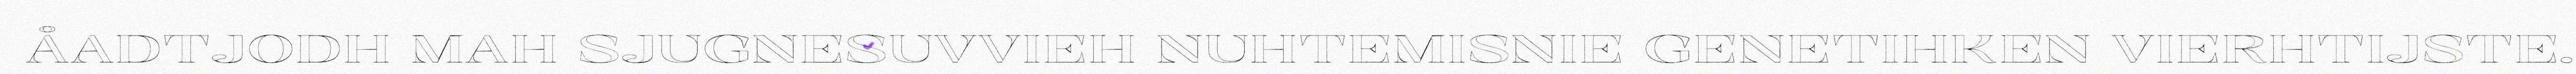
ÅADTJODH MAH SJUGNESUVVIEH NUHTEMISNIE GENETIHKEN VIERHTIJSTE.